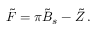
\tilde { F } = \pi \tilde { B } _ { s } - \tilde { Z } \, .